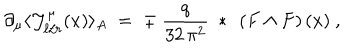
LaTeX: \partial _ { \mu } \langle { \mathcal J } _ { \ell / r } ^ { \mu } ( x ) \rangle _ { A } \; = \; \mp \ \frac { q } { 3 2 \, \pi ^ { 2 } } ~ * ~ \left( F \wedge F \right) ( x ) ~ ,